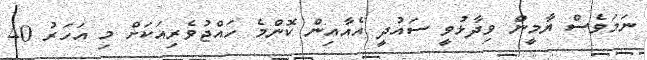
ނަމަވެސް ޔާމީން ވިދާޅުވީ ސައުދީ އެއާއިން ކޮންމެ ހައްޖުވެރިއަކަށް މި އަހަރު 40